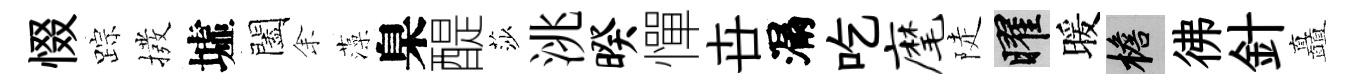
惙踪撥墟闔𪜬藻臬醍莎洮暌憚卋漏吃麾陡曜暖檐彿針矗